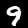
Digit: 9